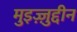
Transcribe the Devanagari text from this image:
मुइज़्ज़ुद्दीन